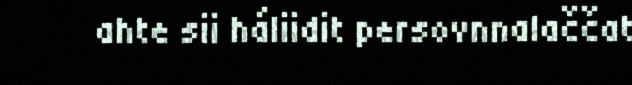
ahte sii háliidit persovnnalaččat